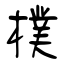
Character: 樸